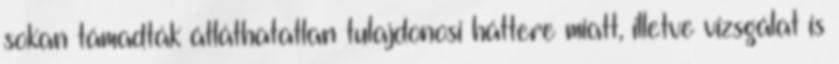
sokan támadták átláthatatlan tulajdonosi háttere miatt, illetve vizsgálat is